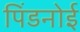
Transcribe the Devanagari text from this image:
पिंडनोई